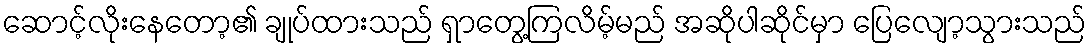
ဆောင့်လိုးနေတော့၏ ချုပ်ထားသည် ရှာတွေ့ကြလိမ့်မည် အဆိုပါဆိုင်မှာ ပြေလျော့သွားသည်